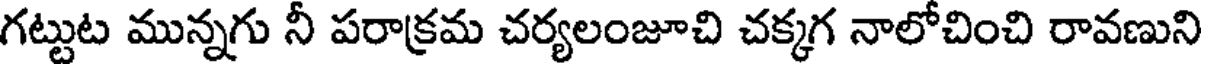
గట్టుట మున్నగు నీ పరాక్రమ చర్యలంజూచి చక్కగ నాలోచించి రావణుని